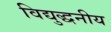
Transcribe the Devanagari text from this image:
विद्युद्धनीय